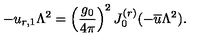
- u _ { r , 1 } \Lambda ^ { 2 } = \left( \frac { g _ { 0 } } { 4 \pi } \right) ^ { 2 } J _ { 0 } ^ { ( r ) } ( - { \overline { { u } } } \Lambda ^ { 2 } ) .